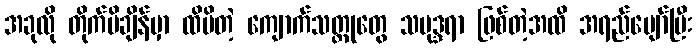
အခုလို တိုက်မိချိန်မှာ ထိမိတဲ့ ကျောက်သတ္တုတွေ သမုဒ္ဒရာ ဖြစ်တဲ့အထိ အရည်ပျော်ပြီး